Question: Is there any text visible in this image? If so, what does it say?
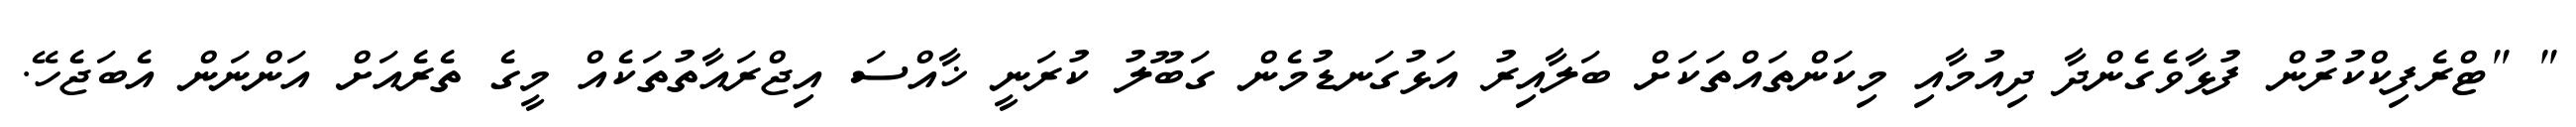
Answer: " "ޓްރެފިކްކުރުން ފުޅާވެގެންދާ ދިއުމާއި މިކަންތައްތަކަށް ބަލާއިރު އަޅުގަނޑުމެން ގަބޫލު ކުރަނީ ޚާއްސަ އިޖްރައާތުތަކެއް މީގެ ތެރެއަށް އަންނަން އެބަޖެހޭ.